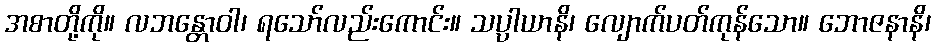
အစာတို့ကို။ လဘန္တောဝါ၊ ရသော်လည်းကောင်း။ သပ္ပါယာနိ၊ လျောက်ပတ်ကုန်သော။ ဘောဇနာနိ၊